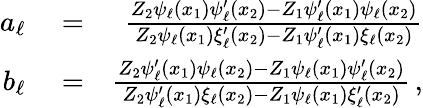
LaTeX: \begin{array}{rlr}{a_{\ell}}&{{}=}&{\frac{Z_{2}\psi_{\ell}(x_{1})\psi_{\ell}^{\prime}(x_{2})-Z_{1}\psi_{\ell}^{\prime}(x_{1})\psi_{\ell}(x_{2})}{Z_{2}\psi_{\ell}(x_{1})\xi_{\ell}^{\prime}(x_{2})-Z_{1}\psi_{\ell}^{\prime}(x_{1})\xi_{\ell}(x_{2})}}\\ {b_{\ell}}&{{}=}&{\frac{Z_{2}\psi_{\ell}^{\prime}(x_{1})\psi_{\ell}(x_{2})-Z_{1}\psi_{\ell}(x_{1})\psi_{\ell}^{\prime}(x_{2})}{Z_{2}\psi_{\ell}^{\prime}(x_{1})\xi_{\ell}(x_{2})-Z_{1}\psi_{\ell}(x_{1})\xi_{\ell}^{\prime}(x_{2})}\, ,}\end{array}